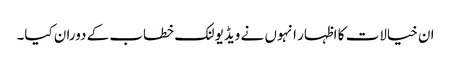
ان خیالات کا اظہار انہوں نے ویڈیو لنک خطاب کے دوران کیا۔